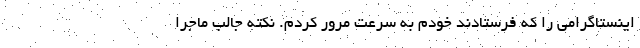
اینستاگرامی را که فرستادند خودم به سرعت مرور کردم. نکته جالب ماجرا